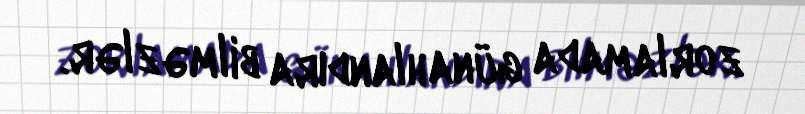
zorlamada günahlandıra bilməzlər.